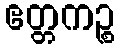
ဧတ္တကဉ္စ